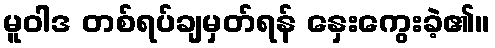
မူဝါဒ တစ်ရပ်ချမှတ်ရန် နှေးကွေးခဲ့၏။